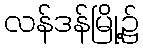
လန်ဒန်မြို့၌